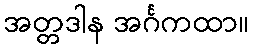
အတ္တဒါန အင်္ဂကထာ။